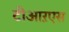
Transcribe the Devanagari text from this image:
टीआऱएस